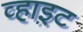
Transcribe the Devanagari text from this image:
व्हाइ़ट